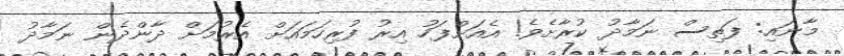
މާނައި: ފަތިސް ނަމާދު ކުރާށެވެ! އެއަށްފަހު އިރު ފުރިހަމައަށް އެރުމަށް ދާންދެން ނަމާދު